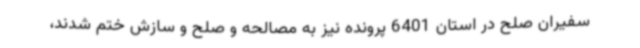
سفیران صلح در استان 6401 پرونده نیز به مصالحه و صلح و سازش ختم شدند،